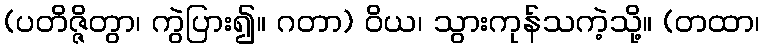
(ပတိဇ္ဇိတွာ၊ ကွဲပြား၍။ ဂတာ) ဝိယ၊ သွားကုန်သကဲ့သို့။ (တထာ၊